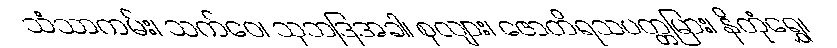
သံသာကမ်း၊ သက်ဝေ၊ သုဘဒြအခါ၊ စုလျား၊ ဇောတိရသပတ္တမြား၊ နိတုံရွှေ၊